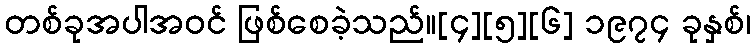
တစ်ခုအပါအဝင် ဖြစ်စေခဲ့သည်။[၄][၅][၆] ၁၉၇၄ ခုနှစ်၊